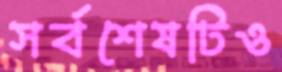
সর্বশেষটিও